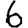
Digit: 6